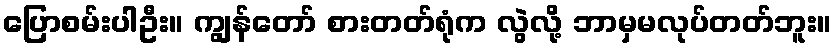
ပြောစမ်းပါဦး။ ကျွန်တော် စားတတ်ရုံက လွဲလို့ ဘာမှမလုပ်တတ်ဘူး။